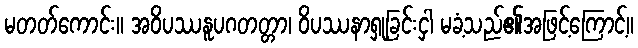
မတတ်ကောင်း။ အဝိပဿနူပဂတတ္တာ၊ ဝိပဿနာရှုခြင်းငှါ မခံ့သည်၏အဖြင့်ကြောင့်။